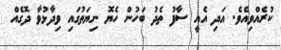
ކުރެއްވިއެވެ. އަދި އެއީ ސާފު ތެދު ބަހުން ހެޔޮ ނިޔަތުގައި ވިދާޅުވާ ދޮގެއް